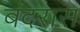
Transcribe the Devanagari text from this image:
बंदरास